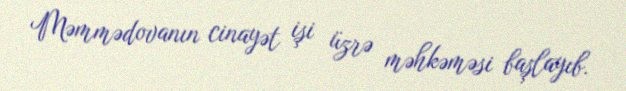
Məmmədovanın cinayət işi üzrə məhkəməsi başlayıb.